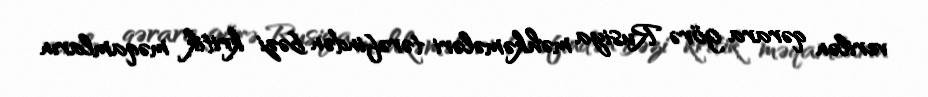
verilən qərara görə Rusiya məhkəmələri tərəfindən bəzi kritik məqamların